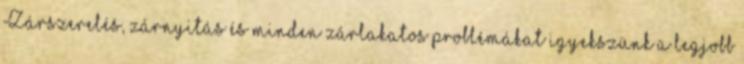
Zárszerelés, zárnyitás és minden zárlakatos problémákat igyekszünk a legjobb